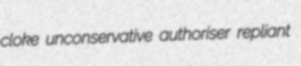
cloke unconservative authoriser repliant